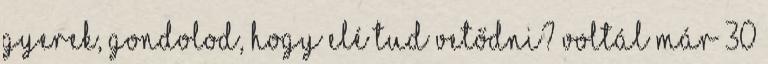
gyerek, gondolod, hogy elé tud vetődni? Voltál már 30